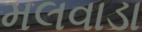
મલવાડા